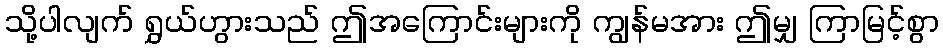
သို့ပါလျက် ရွှယ်ဟွားသည် ဤအကြောင်းများကို ကျွန်မအား ဤမျှ ကြာမြင့်စွာ